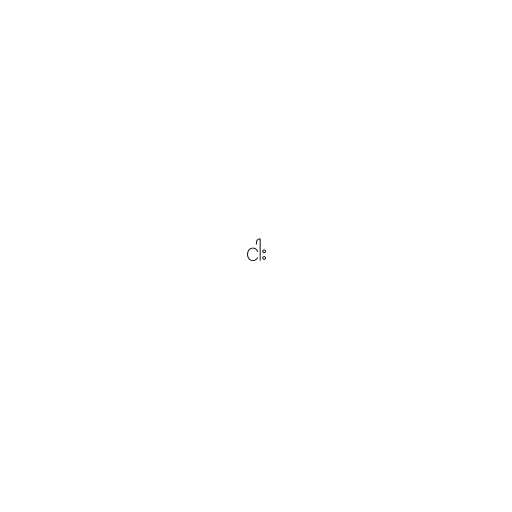
ငါး